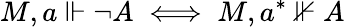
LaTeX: M,a\Vdash\lnot A\iff M,a^{*}\nVdash A